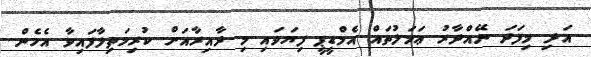
އަދި މިފަދަ ނޭއްދާރު ޢަމަލުތައް އެމްޑީޕީ ފިޔަވައި މި ދާއިރާއަށް ކުރިމަތިލާފައިވާ އެހެން